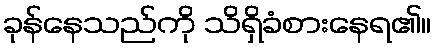
ခုန်နေသည်ကို သိရှိခံစားနေရ၏။